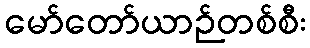
မော်တော်ယာဉ်တစ်စီး